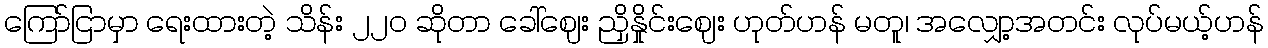
ကြော်ငြာမှာ ရေးထားတဲ့ သိန်း ၂၂ဝ ဆိုတာ ခေါ်ဈေး ညှိနှိုင်းဈေး ဟုတ်ဟန် မတူ၊ အလျှော့အတင်း လုပ်မယ့်ဟန်